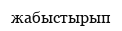
жабыстырып